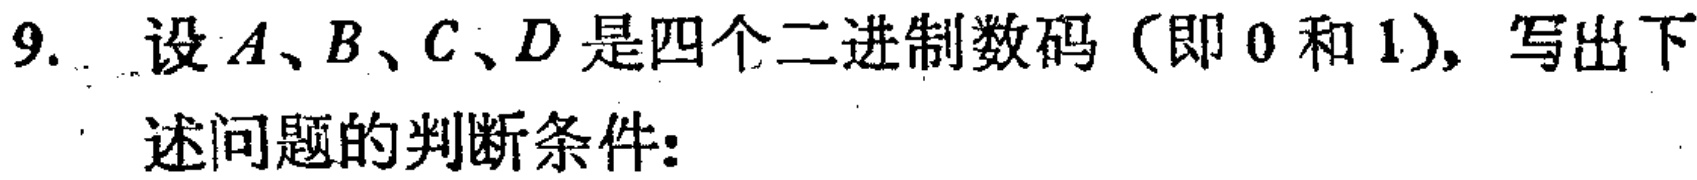
9. 设 \(A、B、C、D\) 是四个二进制数码（即 \(0\) 和 \(1\)），写出下述问题的判断条件: